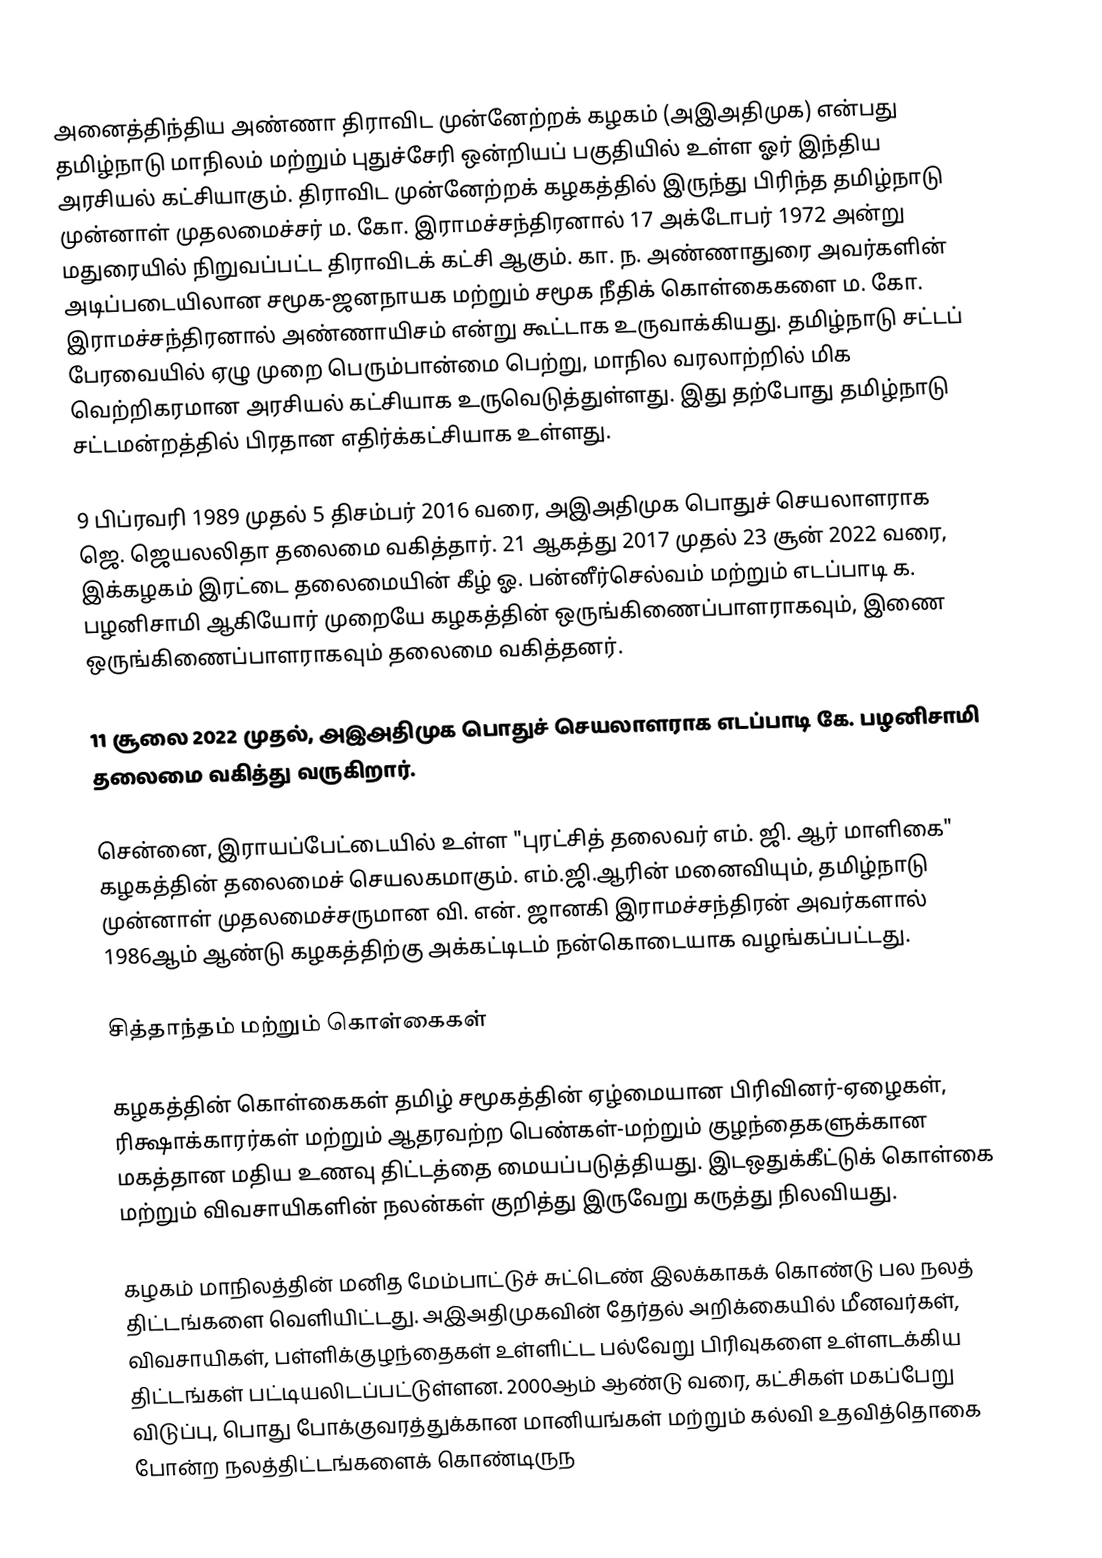
அனைத்திந்திய அண்ணா திராவிட முன்னேற்றக் கழகம் (அஇஅதிமுக) என்பது தமிழ்நாடு மாநிலம் மற்றும் புதுச்சேரி ஒன்றியப் பகுதியில் உள்ள ஓர் இந்திய அரசியல் கட்சியாகும். திராவிட முன்னேற்றக் கழகத்தில் இருந்து பிரிந்த தமிழ்நாடு முன்னாள் முதலமைச்சர் ம. கோ. இராமச்சந்திரனால் 17 அக்டோபர் 1972 அன்று மதுரையில் நிறுவப்பட்ட திராவிடக் கட்சி ஆகும். கா. ந. அண்ணாதுரை அவர்களின் அடிப்படையிலான சமூக-ஜனநாயக மற்றும் சமூக நீதிக் கொள்கைகளை ம. கோ. இராமச்சந்திரனால் அண்ணாயிசம் என்று கூட்டாக உருவாக்கியது. தமிழ்நாடு சட்டப் பேரவையில் ஏழு முறை பெரும்பான்மை பெற்று, மாநில வரலாற்றில் மிக வெற்றிகரமான அரசியல் கட்சியாக உருவெடுத்துள்ளது. இது தற்போது தமிழ்நாடு சட்டமன்றத்தில் பிரதான எதிர்க்கட்சியாக உள்ளது.

9 பிப்ரவரி 1989 முதல் 5 திசம்பர் 2016 வரை, அஇஅதிமுக பொதுச் செயலாளராக ஜெ. ஜெயலலிதா தலைமை வகித்தார். 21 ஆகத்து 2017 முதல் 23 சூன் 2022 வரை, இக்கழகம் இரட்டை தலைமையின் கீழ் ஓ. பன்னீர்செல்வம் மற்றும் எடப்பாடி க. பழனிசாமி ஆகியோர் முறையே கழகத்தின் ஒருங்கிணைப்பாளராகவும், இணை ஒருங்கிணைப்பாளராகவும் தலைமை வகித்தனர்.

11 சூலை 2022 முதல், அஇஅதிமுக பொதுச் செயலாளராக எடப்பாடி கே. பழனிசாமி தலைமை வகித்து வருகிறார்.

சென்னை, இராயப்பேட்டையில் உள்ள "புரட்சித் தலைவர் எம். ஜி. ஆர் மாளிகை" கழகத்தின் தலைமைச் செயலகமாகும். எம்.ஜி.ஆரின் மனைவியும், தமிழ்நாடு முன்னாள் முதலமைச்சருமான வி. என். ஜானகி இராமச்சந்திரன் அவர்களால் 1986ஆம் ஆண்டு கழகத்திற்கு அக்கட்டிடம் நன்கொடையாக வழங்கப்பட்டது.

சித்தாந்தம் மற்றும் கொள்கைகள்

கழகத்தின் கொள்கைகள் தமிழ் சமூகத்தின் ஏழ்மையான பிரிவினர்-ஏழைகள், ரிக்ஷாக்காரர்கள் மற்றும் ஆதரவற்ற பெண்கள்-மற்றும் குழந்தைகளுக்கான மகத்தான மதிய உணவு திட்டத்தை மையப்படுத்தியது. இடஒதுக்கீட்டுக் கொள்கை மற்றும் விவசாயிகளின் நலன்கள் குறித்து இருவேறு கருத்து நிலவியது.

கழகம் மாநிலத்தின் மனித மேம்பாட்டுச் சுட்டெண் இலக்காகக் கொண்டு பல நலத் திட்டங்களை வெளியிட்டது. அஇஅதிமுகவின் தேர்தல் அறிக்கையில் மீனவர்கள், விவசாயிகள், பள்ளிக்குழந்தைகள் உள்ளிட்ட பல்வேறு பிரிவுகளை உள்ளடக்கிய திட்டங்கள் பட்டியலிடப்பட்டுள்ளன. 2000ஆம் ஆண்டு வரை, கட்சிகள் மகப்பேறு விடுப்பு, பொது போக்குவரத்துக்கான மானியங்கள் மற்றும் கல்வி உதவித்தொகை போன்ற நலத்திட்டங்களைக் கொண்டிருந